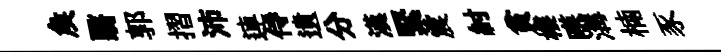
矦翳郭摺沛連侍遺分漢緊震紂貧樓暎溝楠豕